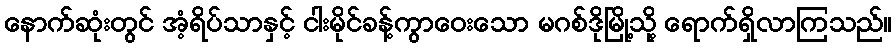
နောက်ဆုံးတွင် အံ့ရိပ်သာနှင့် ငါးမိုင်ခန့်ကွာဝေးသော မဂစ်ဒိုမြို့သို့ ရောက်ရှိလာကြသည်။